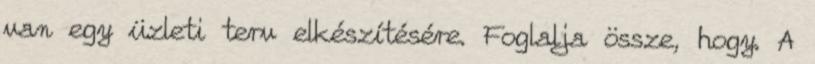
van egy üzleti terv elkészítésére. Foglalja össze, hogy. A